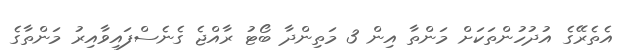
އެތެރޭގެ އުދުހުންތަކަށް މަންތާ އިން 3 މަތިންދާ ބޯޓު ރާއްޖެ ގެނެސްފައިވާއިރު މަންތާގެ